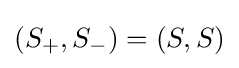
(S_{+},S_{-})=(S,S)